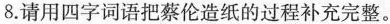
8.请用四字词语把蔡伦造纸的过程补充完整。